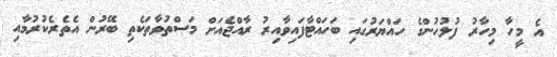
އެ މީހާ މިހާރު ފުލުހުންގެ ހައްޔަރުގައި ބަހައްޓާފައިވާއިރު ރާއްޖެއަށް މަސްތުވާތަކެތި ބޭރުން އެތެރެކުރުމާއި